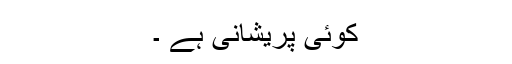
کوئی پریشانی ہے ۔